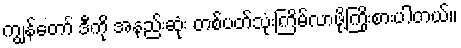
ကျွန်တော် ဒီကို အနည်းဆုံး တစ်ပတ်သုံးကြိမ်လာဖို့ကြိုးစားပါတယ်။